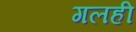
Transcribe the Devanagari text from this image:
गलही